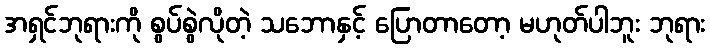
အရှင်ဘုရားကို စွပ်စွဲလိုတဲ့ သဘောနှင့် ပြောတာတော့ မဟုတ်ပါဘူး ဘုရား